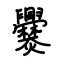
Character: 爨